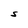
Character: S